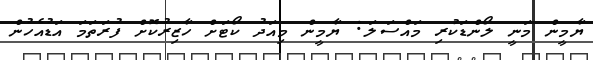
ޔާމީން މަނީ ލޯންޑަކުރި މައްސަލަ: ޔާމީން މިއަދު ކޯޓަށް ހާޒިރުކޮށް ފުރަތަމަ އަޑުއެހުން